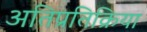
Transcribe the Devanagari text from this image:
अतिप्रतिक्रिया